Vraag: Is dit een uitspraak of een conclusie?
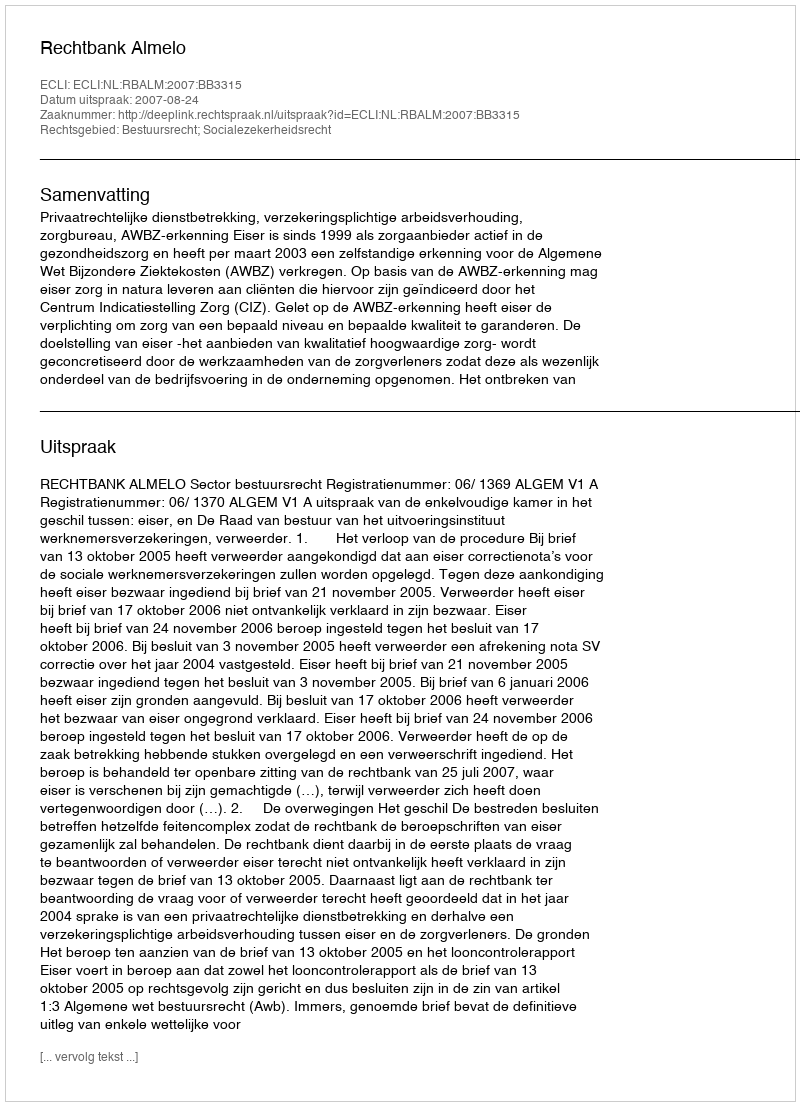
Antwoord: Uitspraak